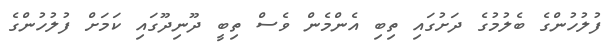
ފުލުހުންގެ ބެލުމުގެ ދަށުގައި ތިބި އެންމެން ވެސް ތިބީ ދޫނިދޫގައި ކަމަށް ފުލުހުންގެ